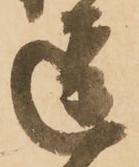
逗